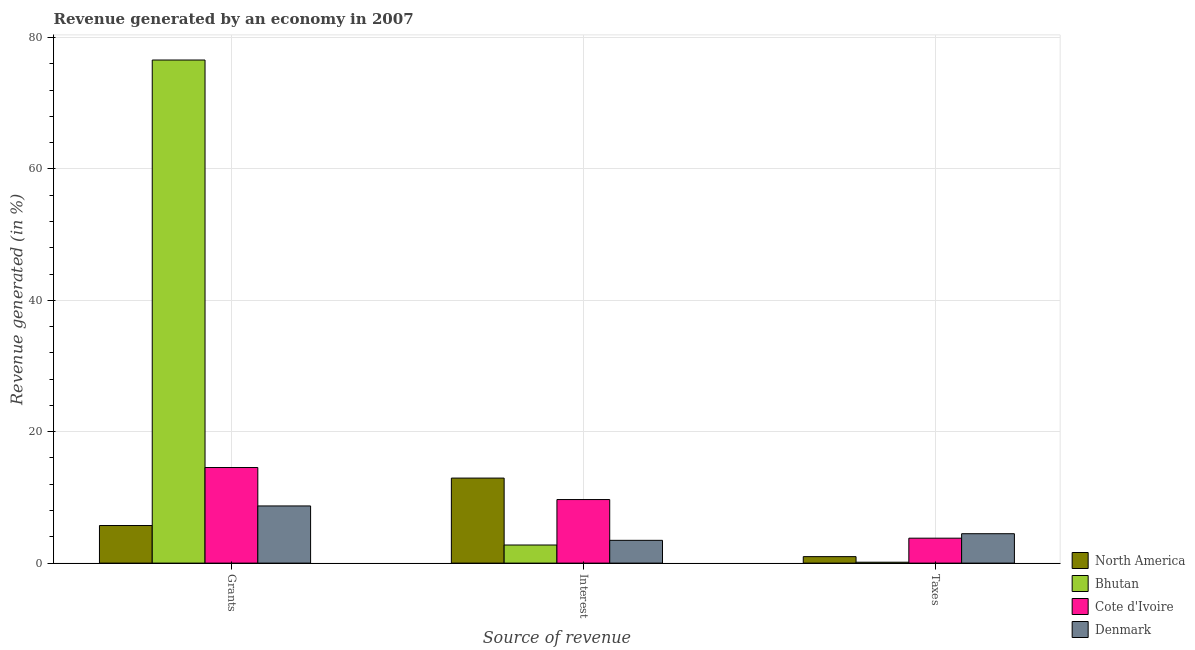
| Source of revenue | North America | Bhutan | Cote d'Ivoire | Denmark |
 | --- | --- | --- | --- | --- |
 | Grants | 5.72 | 76.6 | 14.6 | 8.7 |
 | Interest | 12.9 | 2.76 | 9.67 | 3.47 |
 | Taxes | 0.987 | 0.137 | 3.79 | 4.47 |